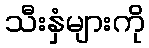
သီးနှံများကို